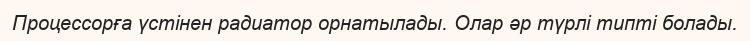
Процессорға үстінен радиатор орнатылады. Олар әр түрлі типті болады.